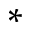
_ *